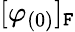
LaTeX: [\varphi_{(0)}]_{\mathtt{F}}